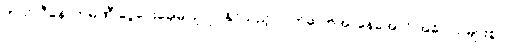
တယ်လီနောကုမ္ပဏီ ငွေပေးချေမှုပြုလုပ်နိုင်သည့် လက်ဆုတ်အာနေအောင် အဓိပ္ပါယ်များစွာ